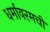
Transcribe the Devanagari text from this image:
धर्मावरमची